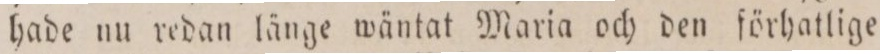
hade nu redan länge wäntat Maria och den förhatlige